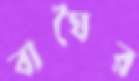
বাঘৈর